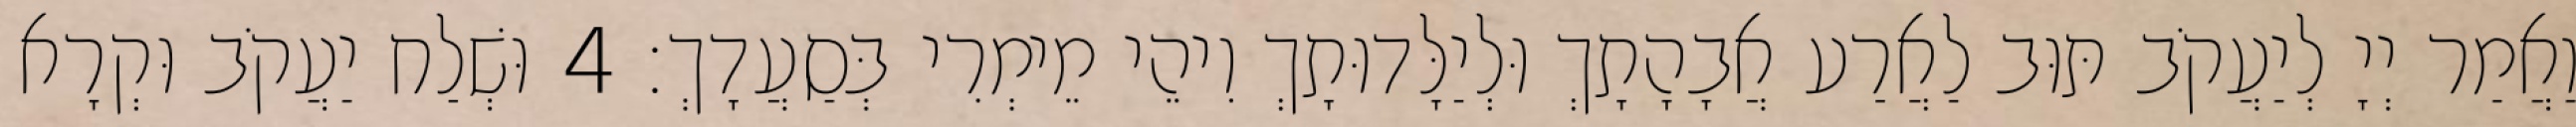
וַאֲמַר יְיָ לְיַעֲקֹב תּוּב לַאֲרַע אֲבָהָתָךְ וּלְיַלָּדוּתָךְ וִיהֵי מֵימְרִי בְּסַעֲדָךְ׃ 4 וּשְׁלַח יַעֲקֹב וּקְרָא